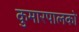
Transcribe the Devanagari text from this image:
कुमारपालको